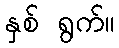
နှစ် ရွက်။